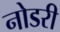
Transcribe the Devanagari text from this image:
नोडरी